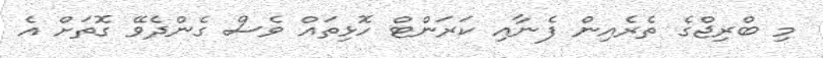
މި ބްރިޖްގެ ތެރެއިން ފެނާއި ކަރަންޓް ހޮޅިތައް ވެސް ގެންދެވޭ ގޮތަށް އެ